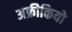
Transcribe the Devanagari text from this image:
अफ्रीकियो